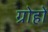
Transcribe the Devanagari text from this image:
ग्रोहों